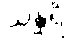
သန္ထရိ